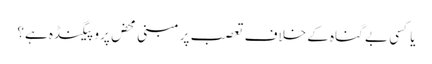
یا کسی بے گناہ کے خلاف تعصب پر مبنی محض پروپیگنڈہ ہے؟